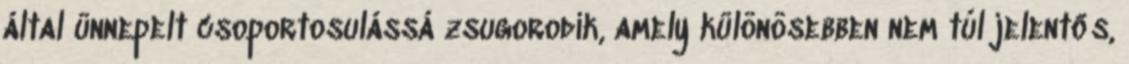
által ünnepelt csoportosulássá zsugorodik, amely különösebben nem túl jelentős,